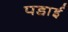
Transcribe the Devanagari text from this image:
पडा़ई